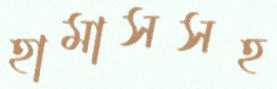
হামাসসহ